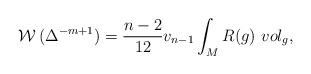
LaTeX: \begin{align*}\mathcal{W}\,( \Delta ^{-m+1})= \frac{n-2}{12} v_{n-1} \int _{M} R(g)~vol_{g},\end{align*}